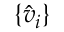
\{ \hat { v } _ { i } \}